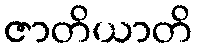
ဇာတိယာတိ